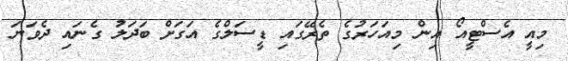
މިއީ އެސްޓީއޯ އިން މިއަހަރުގެ ތެރޭގައި ޑީސަލްގެ އަގަށް ބަދަލު ގެނައި ދެވަނަ